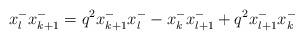
LaTeX: \begin{align*} x^{-}_lx^{-}_{k+1}=q^2x^{-}_{k+1}x^{-}_l - x^{-}_kx^{-}_{l+1} +q^2 x^{-}_{l+1}x^{-}_k\end{align*}